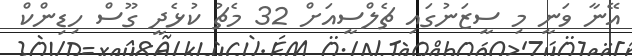
އޭނާ ވަނީ މި ސީޒަނުގައި ޗެލްސީއަށް 32 މެޗު ކުޅެދީ ގޫސް ހިޑިންކް